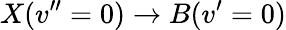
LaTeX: X(v^{\prime\prime}=0)\rightarrow B(v^{\prime}=0)